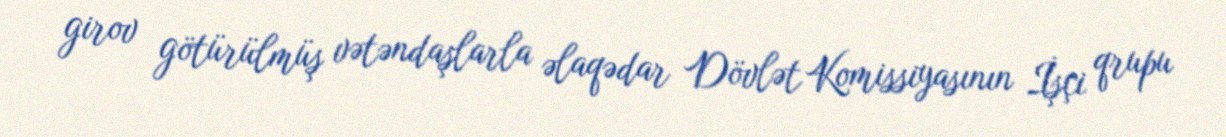
girov götürülmüş vətəndaşlarla əlaqədar Dövlət Komissiyasının İşçi qrupu